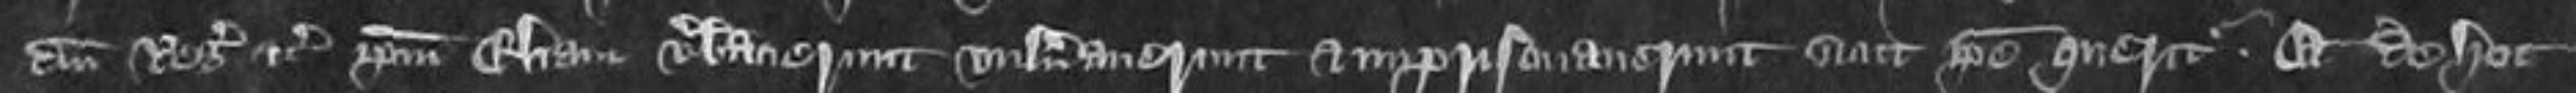
domini Regis etc ipsum Eliam verberaverunt vulneraverunt et imprisonaverunt sicut ipse queritur Et de hoc